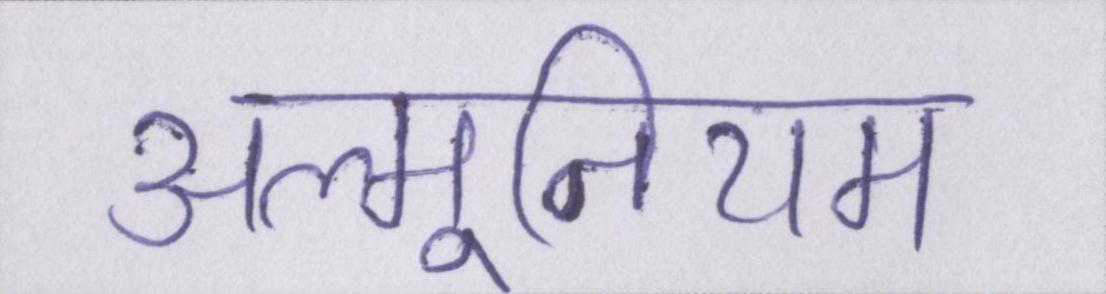
अल्मूनियम